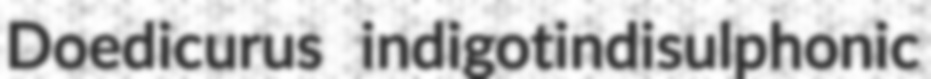
Doedicurus indigotindisulphonic